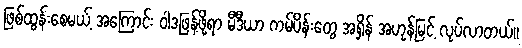
ဖြစ်ထွန်းစေမယ့် အကြောင်း ဝါဒဖြန့်ဖို့ရာ မီဒီယာ ကမ်ပိန်းတွေ အရှိန် အဟုန်မြင့် လုပ်လာတယ်။